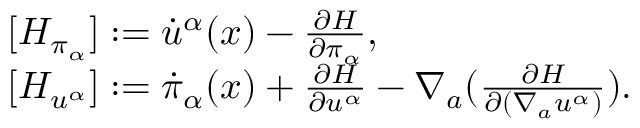
\begin{array} { l } { { [ { H } _ { \pi _ { \alpha } } ] : = { \dot { u } } ^ { \alpha } ( x ) - \frac { \partial { H } } { \partial \pi _ { \alpha } } , } } \\ { { [ { H } _ { u ^ { \alpha } } ] : = { \dot { \pi } } _ { \alpha } ( x ) + \frac { \partial { H } } { \partial u ^ { \alpha } } - \nabla _ { a } ( \frac { \partial { H } } { \partial ( \nabla _ { a } u ^ { \alpha } ) } ) . } } \end{array}